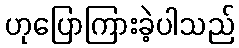
ဟုပြောကြားခဲ့ပါသည်